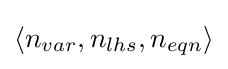
\langle n_{var},n_{lhs},n_{eqn}\rangle